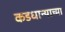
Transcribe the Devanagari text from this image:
कडधान्याच्या